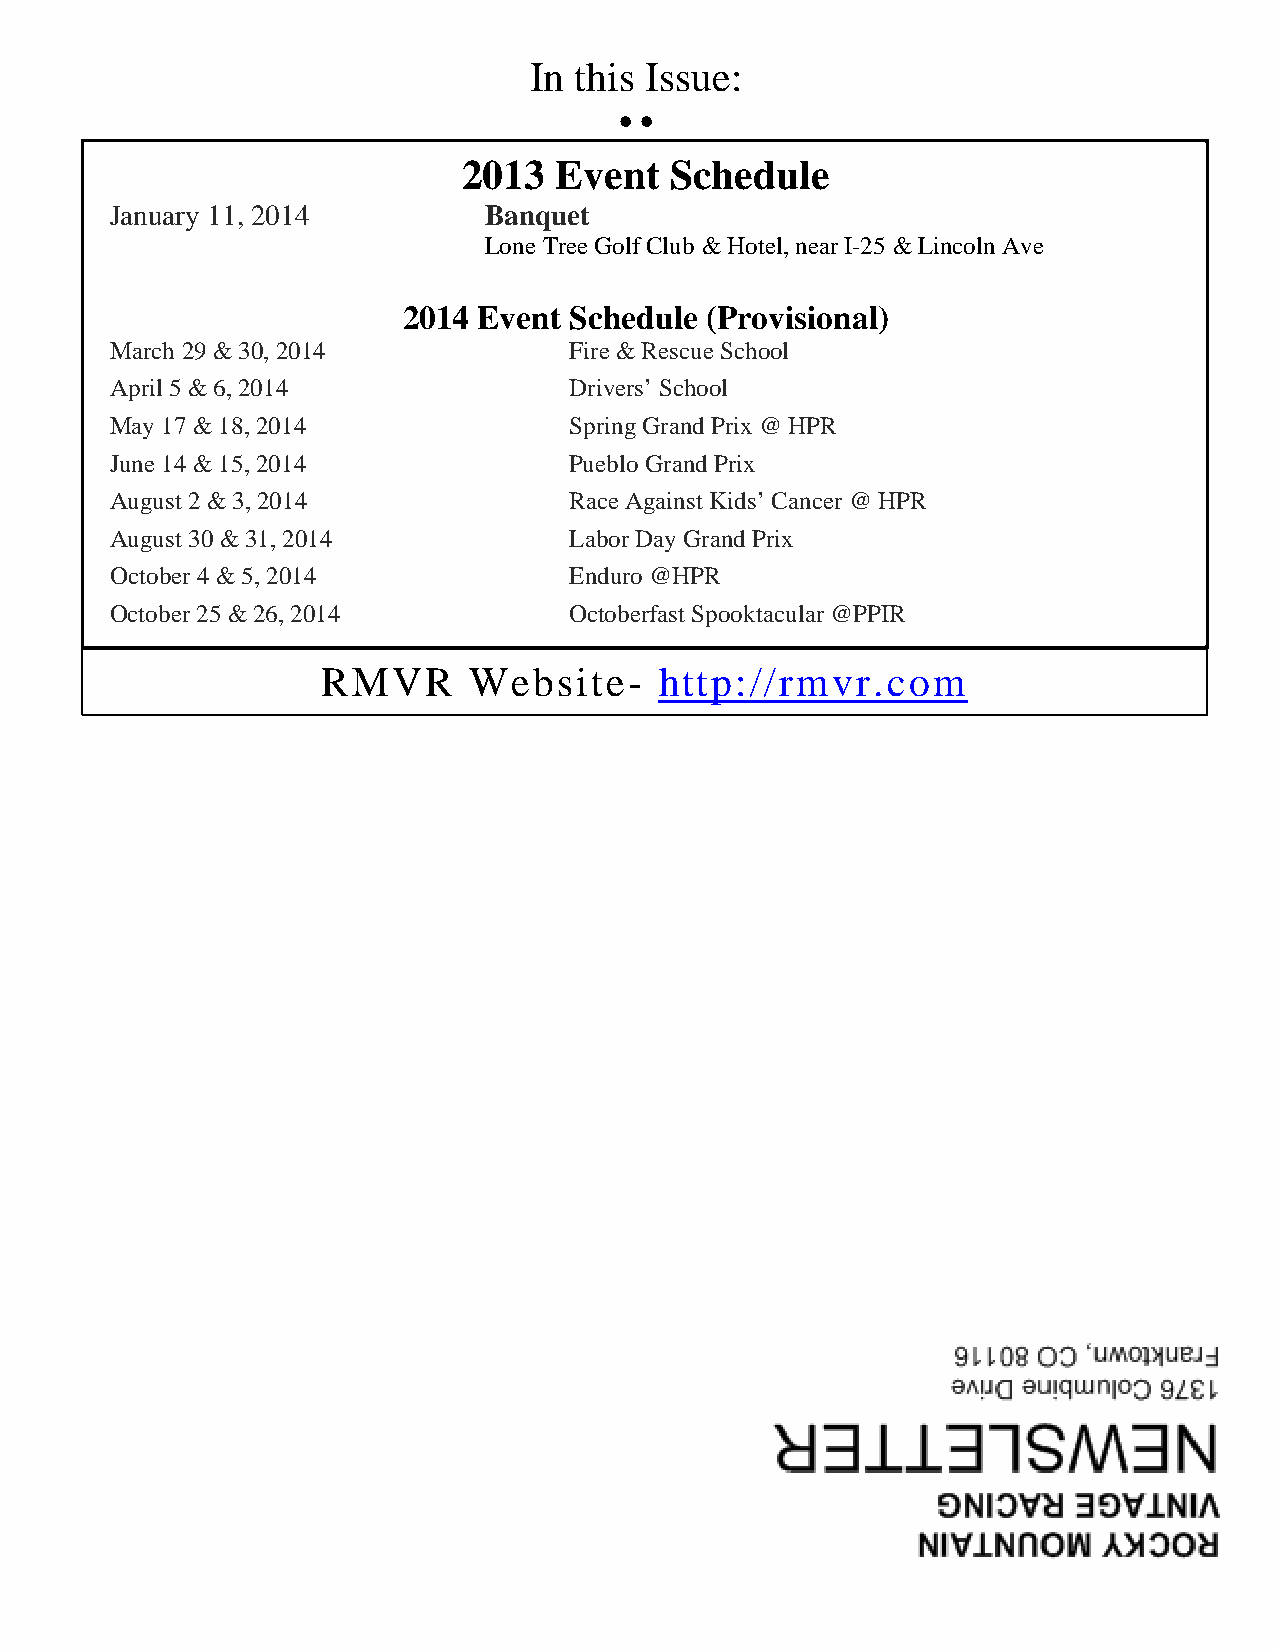
In this Issue:
 • •
 •   •
 2013  Event  Schedule
 January 11, 2014         Banquet
 Lone Tree Golf Club & Hotel, near I-25 & Lincoln Ave
 2014 Event Sched ule (Provisional)
 March 29 & 30, 2014            Fire & Rescue School
 April 5 & 6, 2014              Drivers’ School
 May 17 & 18, 2014              Spring Grand Prix @ HPR
 June 14 & 15, 2014             Pueblo Grand Prix
 August 2 & 3, 2014             Race Against Kids’ Cancer @ HPR
 August 30 & 31, 2014           Labor Day Grand Prix
 October 4 & 5, 2014            Enduro @HPR
 October 25 & 26, 2014          Octoberfast Spooktacular @PPIR
 RMVR      Website-     http://rmvr.com